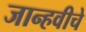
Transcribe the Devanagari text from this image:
जान्हवीचे